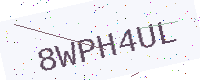
Text: 8WPH4UL